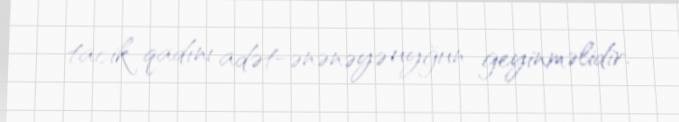
tacik qadını adət-ənənəyə uyğun geyinməlidir.